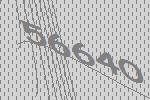
56640